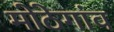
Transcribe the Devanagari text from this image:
मोठेगांव